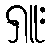
ရှူး